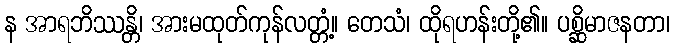
န အာရဘိဿန္တိ၊ အားမထုတ်ကုန်လတ္တံ့။ တေသံ၊ ထိုရဟန်းတို့၏။ ပစ္ဆိမာဇနတာ၊